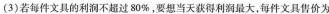
(3)若每件文具的利润不超过80%，要想当天获得利润最大，每件文具售价为